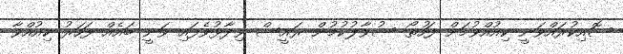
ސޮއިކުރައްވަނީ ކިއުއްވުމަށް ފަހުތޯ ސުވާލުކުމުން ރައީސް ވިދާޅުވެފައި ވަނީ ބައެއް ފަހަރު ކިއުއްވާ